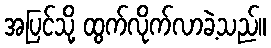
အပြင်သို့ ထွက်လိုက်လာခဲ့သည်။